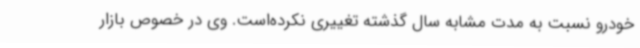
خودرو نسبت به مدت مشابه سال گذشته تغییری نکرده‌است. وی در خصوص بازار